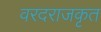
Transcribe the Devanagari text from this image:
वरदराजकृत